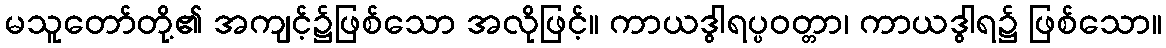
မသူတော်တို့၏ အကျင့်၌ဖြစ်သော အလိုဖြင့်။ ကာယဒွါရပ္ပဝတ္တာ၊ ကာယဒွါရ၌ ဖြစ်သော။